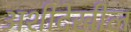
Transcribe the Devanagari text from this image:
अशीदेखील